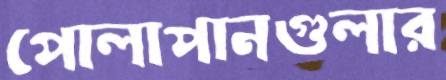
পোলাপানগুলার